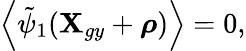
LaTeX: \left\langle\tilde{\psi}_{1}(\textbf{X}_{gy}+\boldsymbol{\rho})\right\rangle=0,